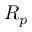
R _ { p }